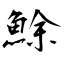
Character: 鮽